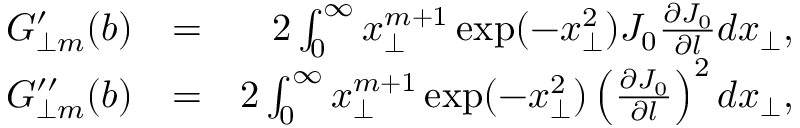
\begin{array} { r l r } { G _ { \perp m } ^ { \prime } ( b ) } & { = } & { 2 \int _ { 0 } ^ { \infty } x _ { \perp } ^ { m + 1 } \exp ( - x _ { \perp } ^ { 2 } ) J _ { 0 } \frac { \partial J _ { 0 } } { \partial l } d x _ { \perp } , } \\ { G _ { \perp m } ^ { \prime \prime } ( b ) } & { = } & { 2 \int _ { 0 } ^ { \infty } x _ { \perp } ^ { m + 1 } \exp ( - x _ { \perp } ^ { 2 } ) \left( \frac { \partial J _ { 0 } } { \partial l } \right) ^ { 2 } d x _ { \perp } , } \end{array}